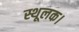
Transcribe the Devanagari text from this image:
स्थूलक।